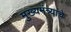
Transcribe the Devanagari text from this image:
मुख्यमंत्र्यांचे